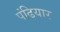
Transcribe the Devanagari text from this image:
पंढियार